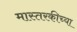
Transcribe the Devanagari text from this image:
मास्तरकीच्या